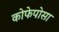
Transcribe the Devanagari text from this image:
कोफेपोसा